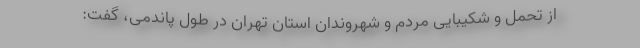
از تحمل و شکیبایی مردم و شهروندان استان تهران در طول پاندمی، گفت: